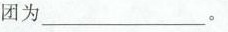
团为_______。